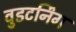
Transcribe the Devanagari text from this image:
वुडटर्निंग